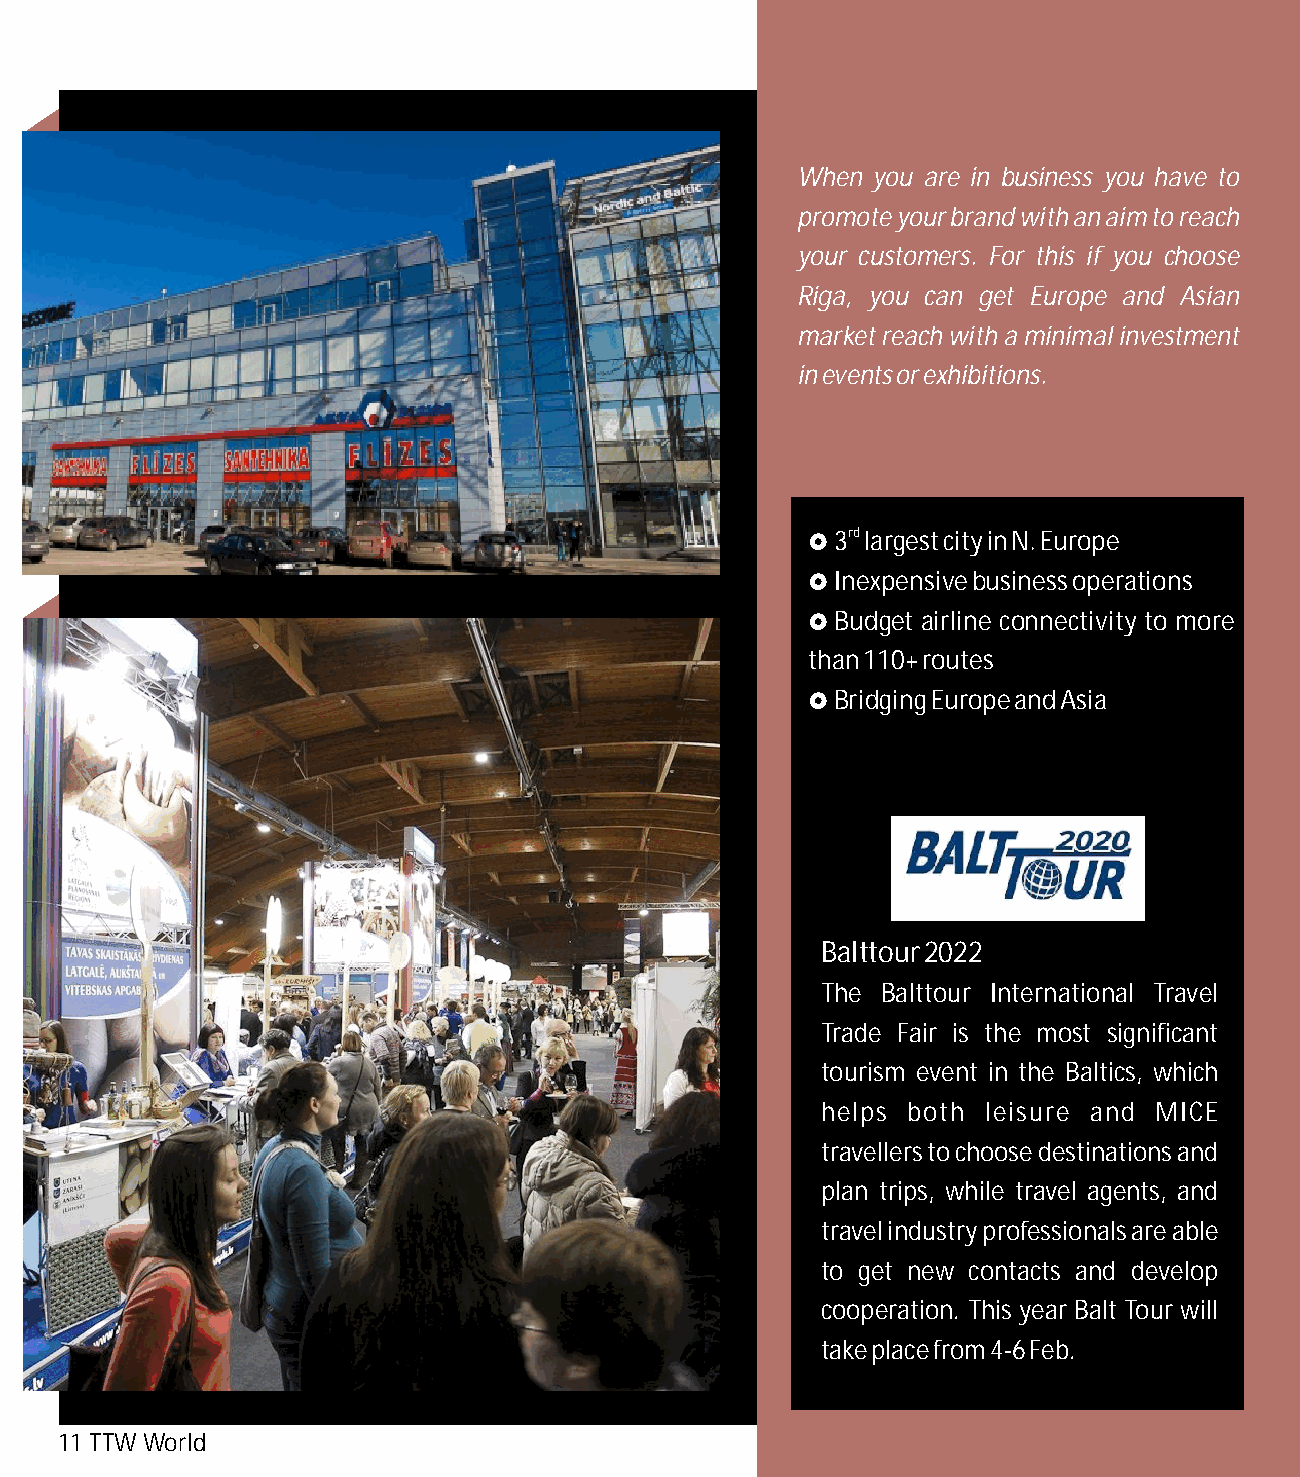
When you are in business you have to
 promote your brand with an aim to reach
 your customers. For this if you choose
 Riga, you can get Europe and Asian
 market reach with a minimal investment
 in events or exhibitions.
 £3rd largest city in N. Europe
 £Inexpensive business operations
 £Budget airline connectivity to more
 than 110+ routes
 £Bridging Europe and Asia
 Balttour 2022
 The Balttour International Travel
 Trade Fair is the most significant
 tourism event in the Baltics, which
 helps both leisure and MICE
 travellers to choose destinations and
 plan trips, while travel agents, and
 travel industry professionals are able
 to get new contacts and develop
 cooperation. This year Balt Tour will
 take place from 4-6 Feb.
 11 TTW World